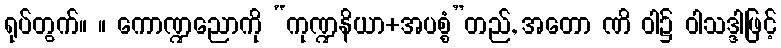
ရုပ်တွက်။ ။ ကောဏ္ဍညောကို “ကုဏ္ဍနိယာ+အပစ္စံ”တည်, အတော ဏိ ဝါ၌ ဝါသဒ္ဒါဖြင့်